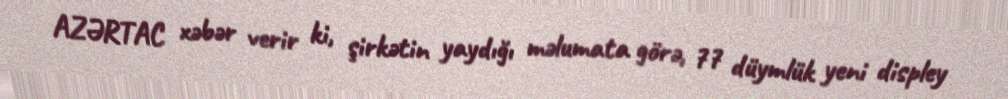
AZƏRTAC xəbər verir ki, şirkətin yaydığı məlumata görə, 77 düymlük yeni displey